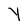
Character: Y